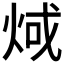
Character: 𪸬